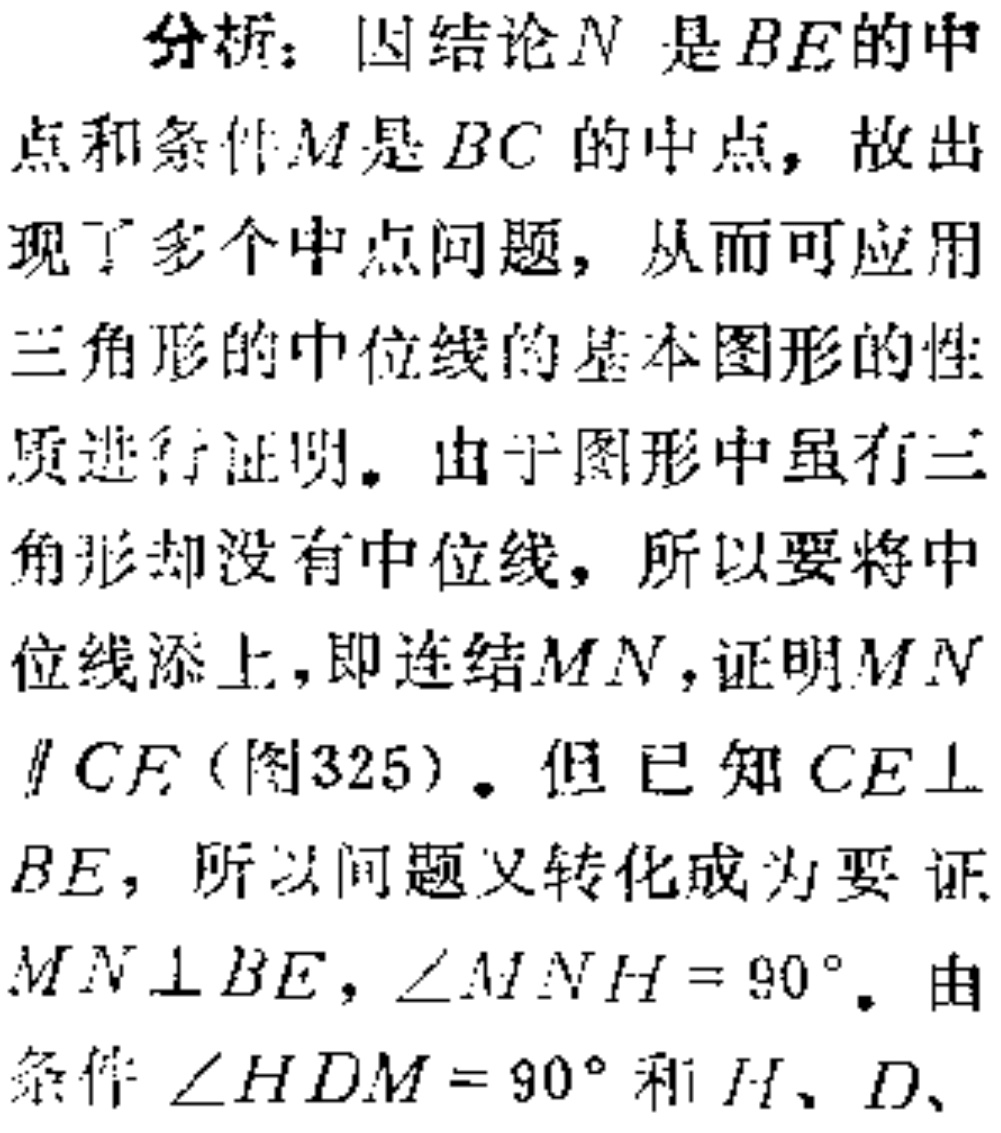
分析：因结论\(N\)是\(BE\)的中
点和条件\(M\)是\(BC\)的中点，故出
现了多个中点问题，从而可应用
三角形的中位线的基本图形的性
质进行证明。由于图形中虽有三
角形却没有中位线，所以要将中
位线添上，即连结\(MN\)，证明\(MN\)
\(\parallel CF\)（图325）。但已知\(CE\perp\)
\(BE\)，所以问题又转化成为要证
\(MN\perp BE\)，\(\angle MNH = 90^{\circ}\)。由
条件\(\angle HDM = 90^{\circ}\)和\(H、D、\)